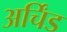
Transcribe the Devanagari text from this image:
अर्चिंड